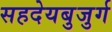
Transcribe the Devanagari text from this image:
सहदेयबुजुर्ग